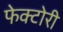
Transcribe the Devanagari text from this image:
फेक्टोरी